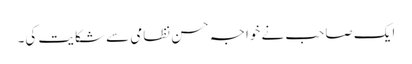
ایک صاحب نے خواجہ حسن نظامی سے شکایت کی۔